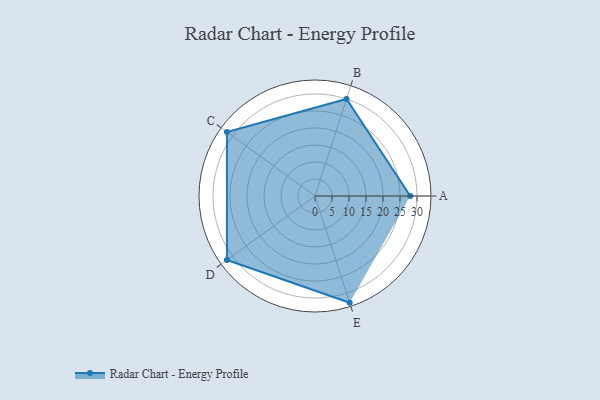
{"axis": {"x": "Skill", "y": "Score"}, "legend": ["Profile"], "data": [{"x": "A", "y": 28.0, "type": "Profile"}, {"x": "B", "y": 30.0, "type": "Profile"}, {"x": "C", "y": 32.0, "type": "Profile"}, {"x": "D", "y": 32.0, "type": "Profile"}, {"x": "E", "y": 33.0, "type": "Profile"}]}